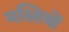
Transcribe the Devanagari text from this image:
मस्तियों